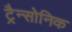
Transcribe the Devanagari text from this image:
ट्रैन्सोनिक